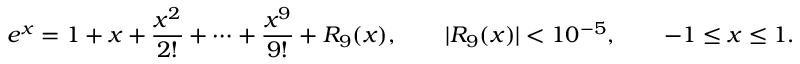
e ^ { x } = 1 + x + { \frac { x ^ { 2 } } { 2 ! } } + \cdots + { \frac { x ^ { 9 } } { 9 ! } } + R _ { 9 } ( x ) , \qquad | R _ { 9 } ( x ) | < 1 0 ^ { - 5 } , \qquad - 1 \leq x \leq 1 .